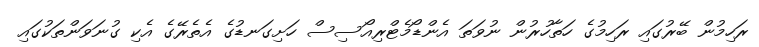
ރަހިމުން ބޭރުގައި ރަހިމުގެ ހަތާހުރުން ނުވަތަ އެންޑޯމެޓްރިއޯސިސް ހަށިގަނޑުގެ އެތެރޭގެ އެކި ގުނަވަންތަކުގައި